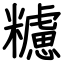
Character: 𥽜